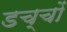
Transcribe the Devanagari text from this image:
डच्चों